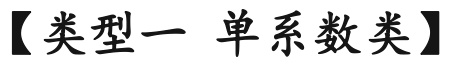
【类型一 单系数类】